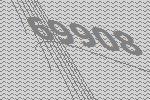
69908